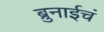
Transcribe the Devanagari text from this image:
ब्रुनाईचं